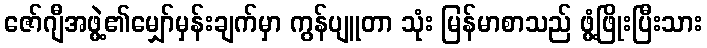
ဇော်ဂျီအဖွဲ့၏မျှော်မှန်းချက်မှာ ကွန်ပျူတာ သုံး မြန်မာစာသည် ဖွံ့ဖြိုးပြီးသား